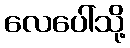
လေပေါ်သို့